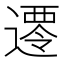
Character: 𮟀